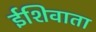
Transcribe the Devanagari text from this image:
ईशिवाता